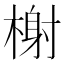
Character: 榭